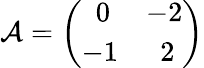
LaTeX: {\cal A}=\left(\begin{array}{ll}{{\ \ 0}}&{{-2}}\\ {{-1}}&{{\ \ 2}}\end{array}\right)